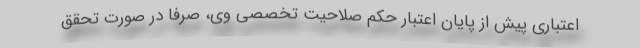
اعتباری پیش از پایان اعتبار حکم صلاحیت تخصصی وی، صرفاً در صورت تحقق